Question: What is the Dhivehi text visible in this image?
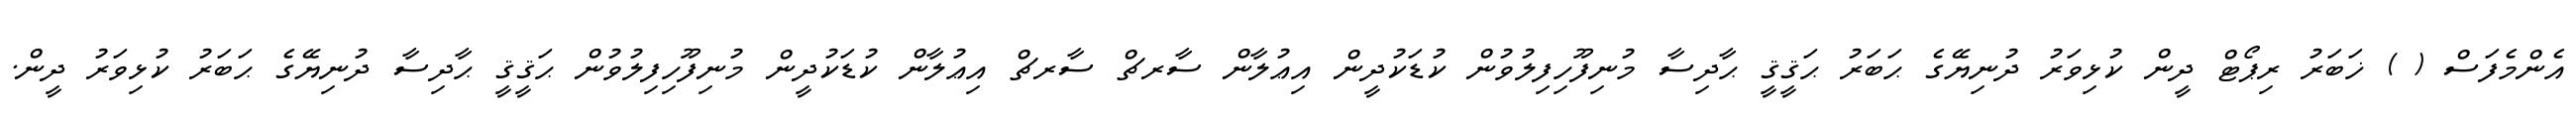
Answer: އެންމެފަސް ( ) ޚަބަރު ރިޕޯޓް ދީން ކުޅިވަރު ދުނިޔޭގެ ޙަބަރު ޙަޤީޤީ ޙާދިސާ މުނިފޫހިފިލުވުން ކުޑަކުދީން އިޢުލާން ސާރޗް ސާރޗް އިޢުލާން ކުޑަކުދީން މުނިފޫހިފިލުވުން ޙަޤީޤީ ޙާދިސާ ދުނިޔޭގެ ޙަބަރު ކުޅިވަރު ދީން.